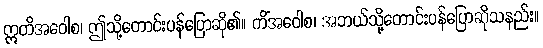
ဣတိအဝေါစ၊ ဤသို့တောင်းပန်ပြောဆို၏။ ကိံအဝေါစ၊ အဘယ်သို့တောင်းပန်ပြောဆိုသနည်း။